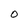
Character: O